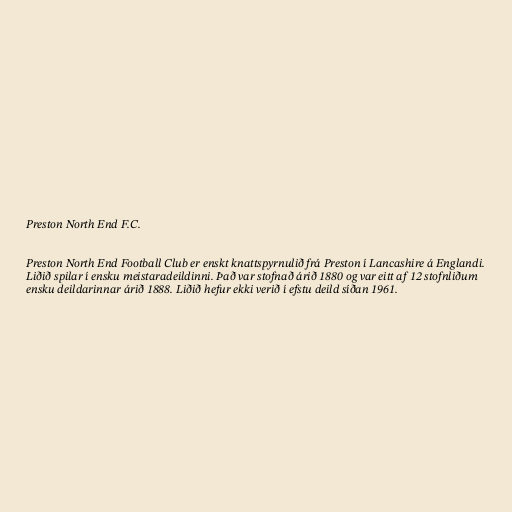
Preston North End F.C.

Preston North End Football Club er enskt knattspyrnulið frá Preston í Lancashire á Englandi.
Liðið spilar í ensku meistaradeildinni. Það var stofnað árið 1880 og var eitt af 12 stofnliðum
ensku deildarinnar árið 1888. Liðið hefur ekki verið í efstu deild síðan 1961.